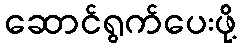
ဆောင်ရွက်ပေးဖို့